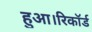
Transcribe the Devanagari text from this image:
हुआ।रिकॉर्ड